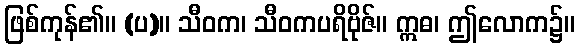
ဖြစ်ကုန်၏။ (ပ)။ သီဝက၊ သီဝကပရိဗိုဇ်။ ဣဓ၊ ဤလောက၌။